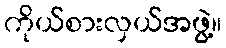
ကိုယ်စားလှယ်အဖွဲ့။